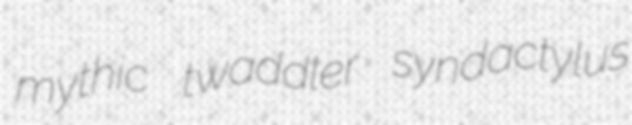
mythic twaddler syndactylus